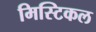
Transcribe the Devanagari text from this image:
मिस्टिकल